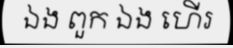
ឯង ពួក ឯង ហើរ